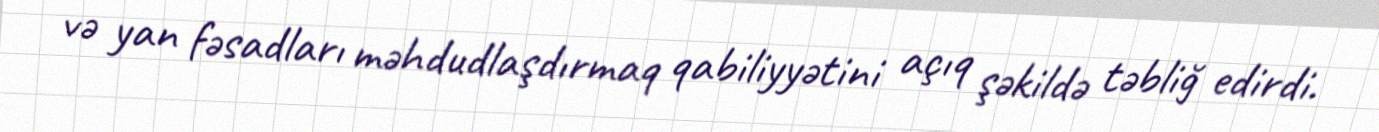
və yan fəsadları məhdudlaşdırmaq qabiliyyətini açıq şəkildə təbliğ edirdi.